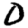
Digit: 0